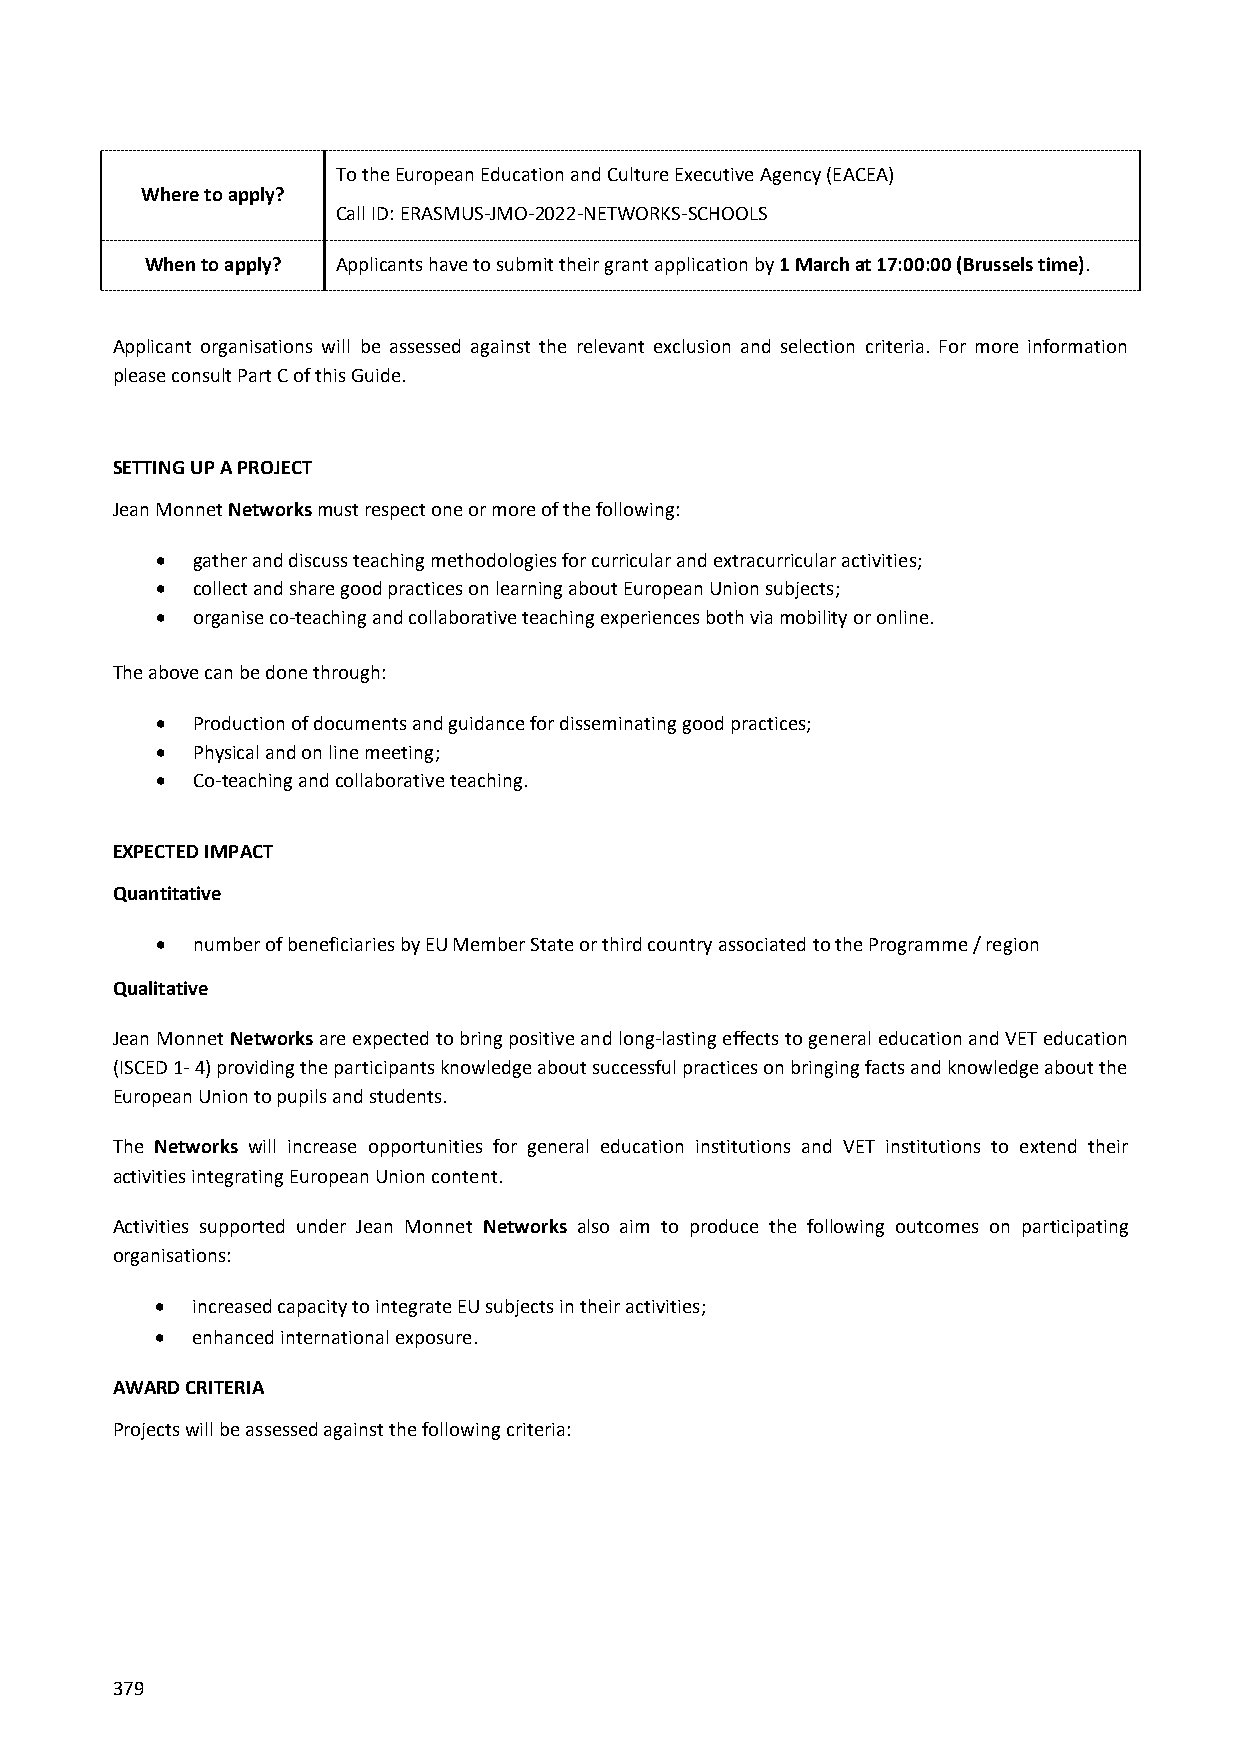
To the European Education and Culture Executive Agency (EACEA)
 Where to apply?
 Call ID: ERASMUS-JMO-2022-NETWORKS-SCHOOLS
 When to apply? Applicants have to submit their grant application by 1 March at 17:00:00 (Brussels time).
 Applicant organisations will be assessed against the relevant exclusion and selection criteria. For more information
 please consult Part C of this Guide.
 SETTING UP A PROJECT
 Jean Monnet Networks must respect one or more of the following:
   gather and discuss teaching methodologies for curricular and extracurricular activities;
   collect and share good practices on learning about European Union subjects;
   organise co-teaching and collaborative teaching experiences both via mobility or online.
 The above can be done through:
   Production of documents and guidance for disseminating good practices;
   Physical and on line meeting;
   Co-teaching and collaborative teaching.
 EXPECTED IMPACT
 Quantitative
   number of beneficiaries by EU Member State or third country associated to the Programme / region
 Qualitative
 Jean Monnet Networks are expected to bring positive and long-lasting effects to general education and VET education
 (ISCED 1- 4) providing the participants knowledge about successful practices on bringing facts and knowledge about the
 European Union to pupils and students.
 The Networks will increase opportunities for general education institutions and VET institutions to extend their
 activities integrating European Union content.
 Activities supported under Jean Monnet Networks also aim to produce the following outcomes on participating
 organisations:
   increased capacity to integrate EU subjects in their activities;
   enhanced international exposure.
 AWARD CRITERIA
 Projects will be assessed against the following criteria:
 379